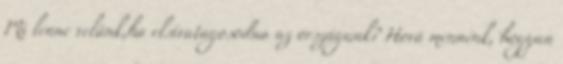
Mi lenne velünk,ha elsivatagosodna az országunk? Hová mennénk, hogyan